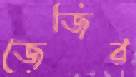
জেজির